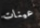
عينات